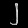
Digit: ၂